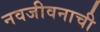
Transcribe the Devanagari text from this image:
नवजीवनाची